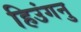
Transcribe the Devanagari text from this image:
हिउंगनु